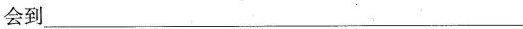
会到___